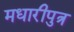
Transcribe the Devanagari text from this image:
मधारीपुत्र